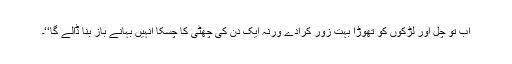
اب تو چل اور لڑکوں کو تھوڑا بہت زور کرادے ورنہ ایک دن کی چھٹی کا چسکا انہیں بہانے باز بنا ڈالے گا‘‘۔